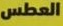
العطس